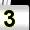
Digit: 3